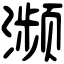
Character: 濒